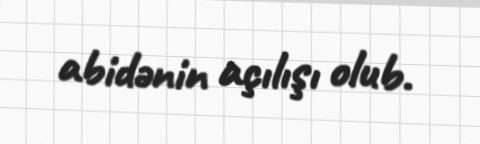
abidənin açılışı olub.